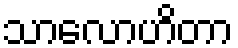
သာလောဟိတာ